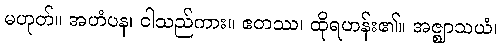
မဟုတ်။ အဟံပန၊ ငါသည်ကား။ ဧတဿ၊ ထိုရဟန်း၏။ အဇ္ဈာသယံ၊